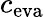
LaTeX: c_{\mathrm{eva}}